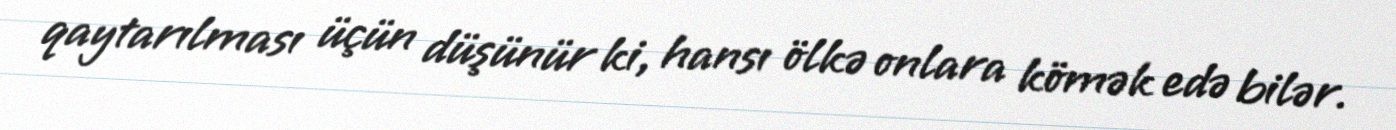
qaytarılması üçün düşünür ki, hansı ölkə onlara kömək edə bilər.